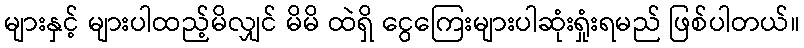
များနှင့် များပါထည့်မိလျှင် မိမိ ထဲရှိ ငွေကြေးများပါဆုံးရှုူံးရမည် ဖြစ်ပါတယ်။